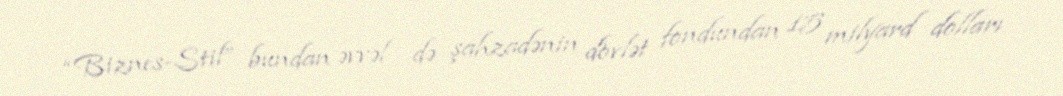
“Biznes-Stil” bundan əvvəl də şahzadənin dövlət fondundan 15 milyard dolları